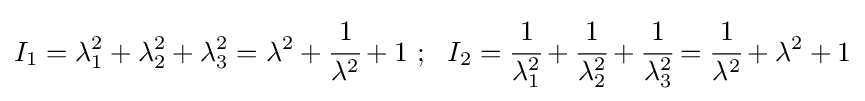
I_{1}=\lambda _{1}^{2}+\lambda _{2}^{2}+\lambda _{3}^{2}=\lambda ^{2}+{\cfrac {1}{\lambda ^{2}}}+1~;~~I_{2}={\cfrac {1}{\lambda _{1}^{2}}}+{\cfrac {1}{\lambda _{2}^{2}}}+{\cfrac {1}{\lambda _{3}^{2}}}={\cfrac {1}{\lambda ^{2}}}+\lambda ^{2}+1